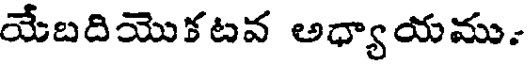
యేబదియొకటవ అధ్యాయము.